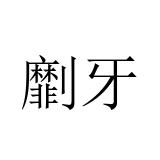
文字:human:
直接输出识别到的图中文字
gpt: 劘牙